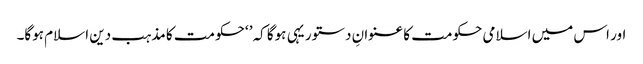
اور اس میں اسلامی حکومت کا عنوانِ دستور یہی ہوگا کہ’ ‘حکومت کا مذہب دین اسلام ہوگا۔